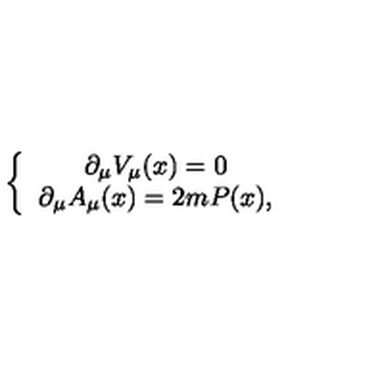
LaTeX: \left\{ \begin{array} { c } { \partial _ { \mu } V _ { \mu } ( x ) = 0 } \\ { \partial _ { \mu } A _ { \mu } ( x ) = 2 m P ( x ) , } \\ \end{array} \right.